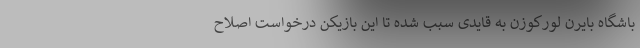
باشگاه بایرن لورکوزن به قایدی سبب شده تا این بازیکن درخواست اصلاح